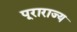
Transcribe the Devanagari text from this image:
पूराराज्य